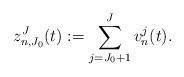
LaTeX: \begin{align*}z_{n,J_0}^J(t) := \sum_{j=J_0+1}^J v_n^j(t).\end{align*}